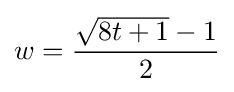
w={\frac {{\sqrt {8t+1}}-1}{2}}